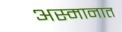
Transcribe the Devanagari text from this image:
अस्मानात